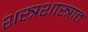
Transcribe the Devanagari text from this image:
शस्त्रशास्त्रात